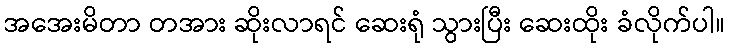
အအေးမိတာ တအား ဆိုးလာရင် ဆေးရုံ သွားပြီး ဆေးထိုး ခံလိုက်ပါ။